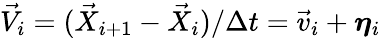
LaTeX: \vec{V}_{i}=(\vec{X}_{i+1}-\vec{X}_{i})/\Delta t=\vec{v}_{i}+\boldsymbol{\eta}_{i}